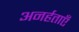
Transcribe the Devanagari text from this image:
अनर्हताएँ